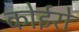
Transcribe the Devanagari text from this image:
कोईरो